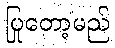
ပြုတော့မည်